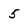
Character: 5